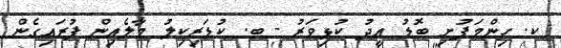
ކ. ހިންމަފުށި ބޮޑު އީދު ކުޅިވަރު - ބ. ކުޑަރިކިލު މާލެއިން ފުރައިގެން